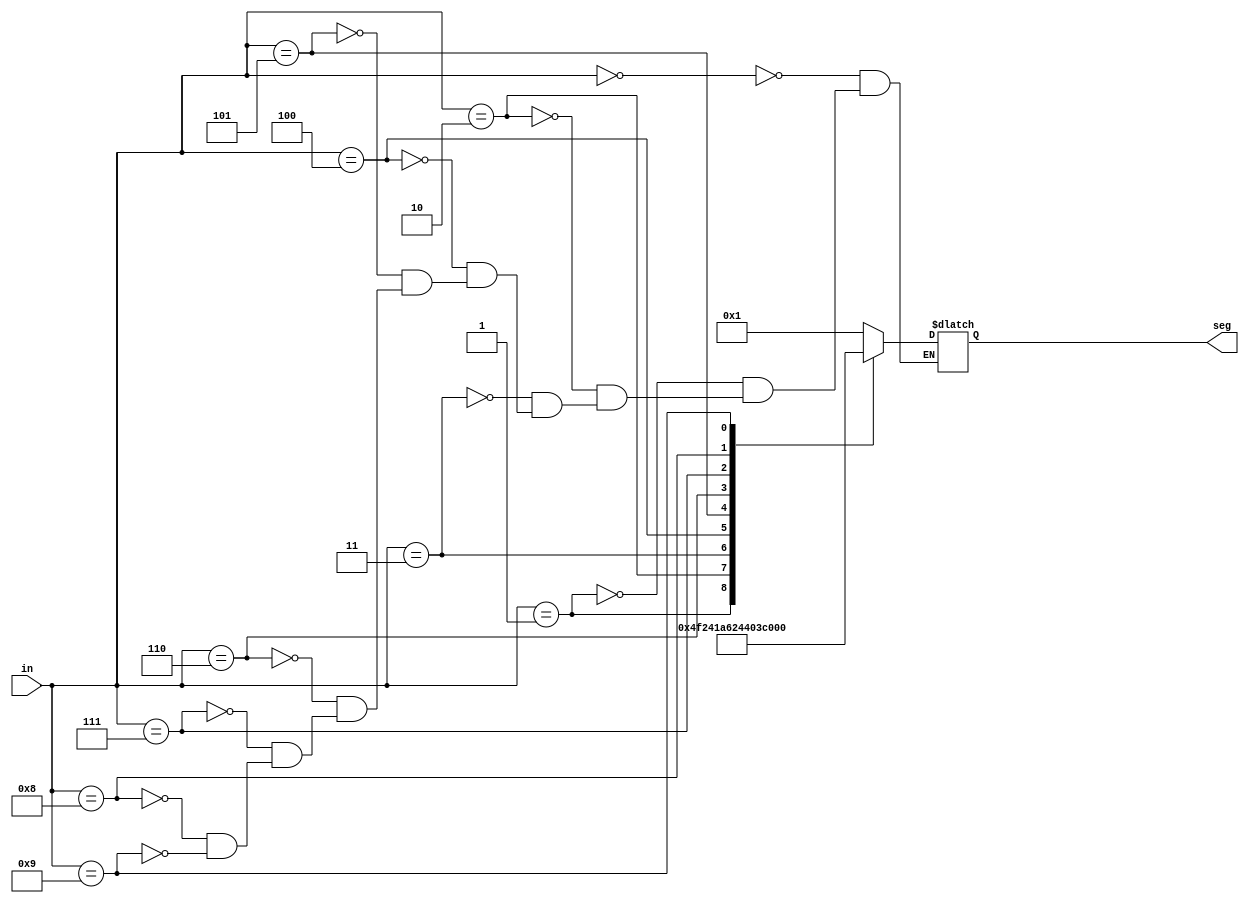
`timescale 1ns / 1ps
//////////////////////////////////////////////////////////////////////////////////
// Company: 
// Engineer: 
// 
// Design Name: 
// Module Name: mainfile
// Project Name: 
// Target Devices: 
// Tool Versions: 
// Description: 
// 
// Dependencies: 
// 
// Revision:
// Revision 0.01 - File Created
// Additional Comments:
// 
//////////////////////////////////////////////////////////////////////////////////


module mainfile(
    input [3:0] in,  //4 bit input for the segment
    output reg [6:0] seg  //displays the BCD number on the 7 segment display
    );
    
    always@(in)
    begin
    case(in)
    0: seg=7'b0000001;
    1: seg=7'b1001111;
    2: seg=7'b0010010;
    3: seg=7'b0000110;
    4: seg=7'b1001100;
    5: seg=7'b0100100;
    6: seg=7'b0100000;
    7: seg=7'b0001111;
    8: seg=7'b0000000;
    9: seg=7'b0000100;
    endcase
    end
    
    
    
endmodule